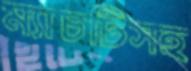
ম্যাচটিসহ